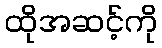
ထိုအဆင့်ကို